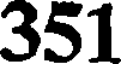
351